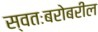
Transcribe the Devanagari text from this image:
स्वतःबरोबरील